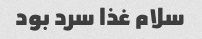
سلام غذا سرد بود